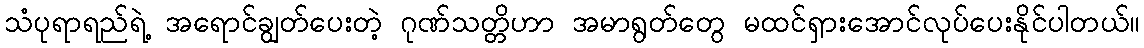
သံပုရာရည်ရဲ့ အရောင်ချွတ်ပေးတဲ့ ဂုဏ်သတ္တိဟာ အမာရွတ်တွေ မထင်ရှားအောင်လုပ်ပေးနိုင်ပါတယ်။